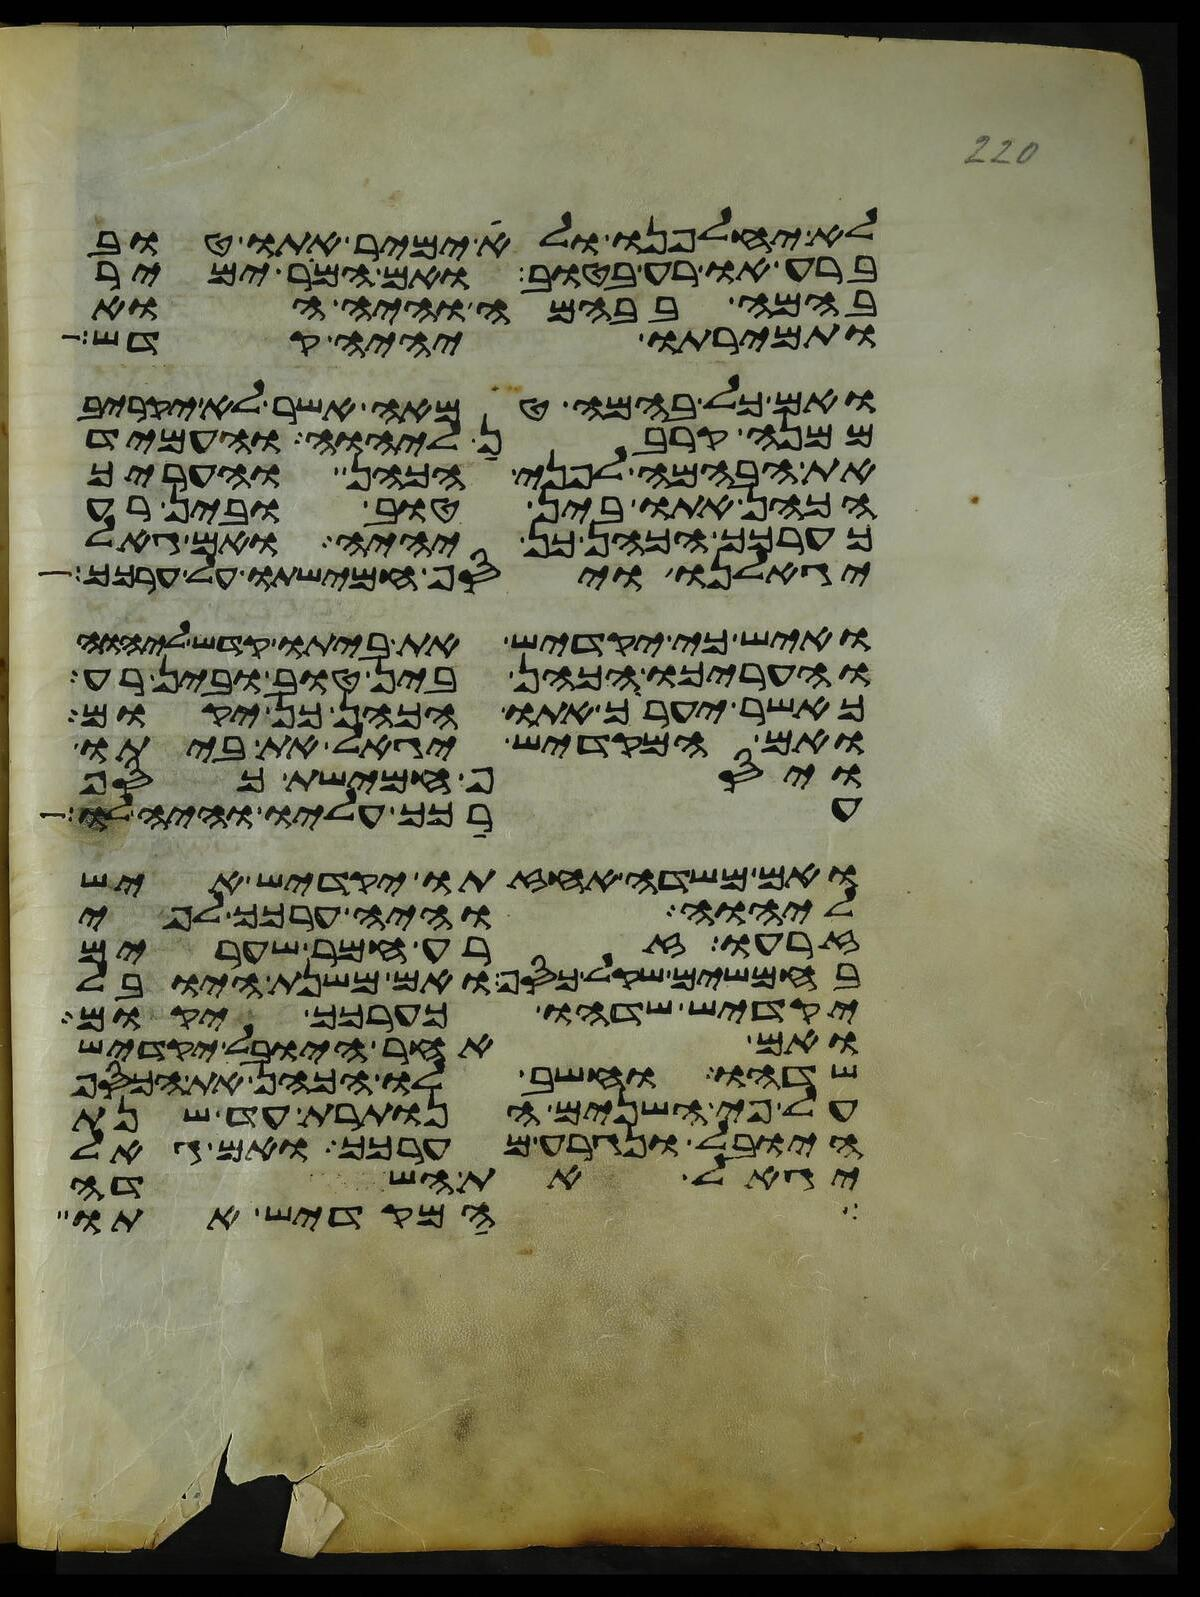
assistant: לא יחלפנו ולא ימיר אתו טוב
ברע או רע בטוב ואם המר ימיר
בהמה בבהמה והיה הוא
ותמירתו יהיה קדש
ואם כל בהמה טמאה אשר לא יקריב
ממנה קרבן ליהוה והעמיד
את הבהמה לפני הכהן והעריך
הכהן אתו בין טוב ובין רע
כערכך הכהן כן יהיה ואם גאל
יגאלנו ויסף חמישתו על ערכך
ואיש כי יקדיש את ביתו קדש ליהוה
והעריכו הכהן בין טוב ובין רע
כאשר יעריך אתו הכהן כן יקום
ואם המקדיש יגאל את ביתו
ויסף חמישת כסף
ערכך עליו והיה לו
ואם משדה אחזתו יקדיש איש
ליהוה והיה ערכך לפי
זרעו זרע חמר שערים
בחמשים שקל כסף ואם משנת היובל
יקדיש שדהו כערכך יקום
ואם אחר היובל יקדיש
שדהו וחשב לו הכהן את הכסף
על פי השנים הנותרת עד שנת
היובל ונגרע מערכך ואם גאל
יגאל את השדה
המקדיש אתו